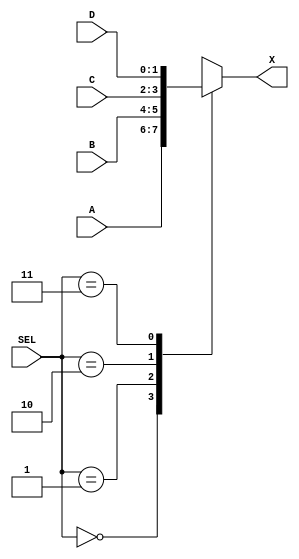
`timescale 1ns / 1ps
//////////////////////////////////////////////////////////////////////////////////
// Company: SUTD
// 
// Design Name: DSL Q2
// Module Name: multiplexer
// Project Name: DSL HW multiplexer
// Target Devices: 
// Tool Versions: 
// Description: 
// 
// Dependencies: 
// 
// Revision:
// Revision 0.01 - File Created
// Additional Comments:
// 
//////////////////////////////////////////////////////////////////////////////////

//!DO NOT EDIT MODULE NAME AND PORT NAME!
module multiplexer(
    input [1:0]A,
    input [1:0]B,
    input [1:0]C,
    input [1:0]D,
    input [1:0]SEL,
    output reg [1:0]X
);

//YOUR CODE HERE
//TIPS: IN THE VERILOG CASE STATEMENT, YOU HAVE TO LIST ALL CONDITION TO AVIOD ANY AMBIGUOUS STATEMENT;

    always@(A or B or C or D or SEL) begin
        case(SEL)
            2'b00 : X = A; //When SEL = 1, Out = A
            2'b01 : X = B; //When SEL = 2, Out = B
            2'b10 : X = C; //When SEL = 3, Out = C
            2'b11 : X = D; //When SEL = 4, Out = D
        endcase
    end
    
endmodule